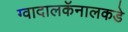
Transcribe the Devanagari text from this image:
ग्वादालकॅनालकडे